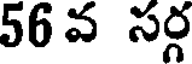
56వ సర్గ